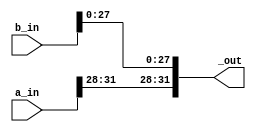
`timescale 1ns/1ps

module concatenator #(parameter UP = 4, parameter W = 32)
	(input [W-1:0] a_in, input [W-1:0] b_in, output reg [W-1:0] _out);
	
	always @(*) begin
		_out[W-1:W-UP] <= a_in[W-1:W-UP];
		_out[W-UP-1:0] <= b_in[W-UP-1:0];
	end
	
endmodule